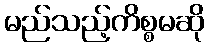
မည်သည့်ကိစ္စမဆို